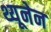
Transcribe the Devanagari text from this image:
थ्यूनेन